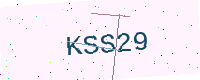
Text: KSS29